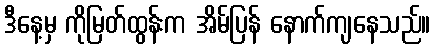
ဒီနေ့မှ ကိုမြတ်ထွန်းက အိမ်ပြန် နောက်ကျနေသည်။